65_HS1-834228961_62-HQ-83894_Section_6
Agency: FBI
Page 84
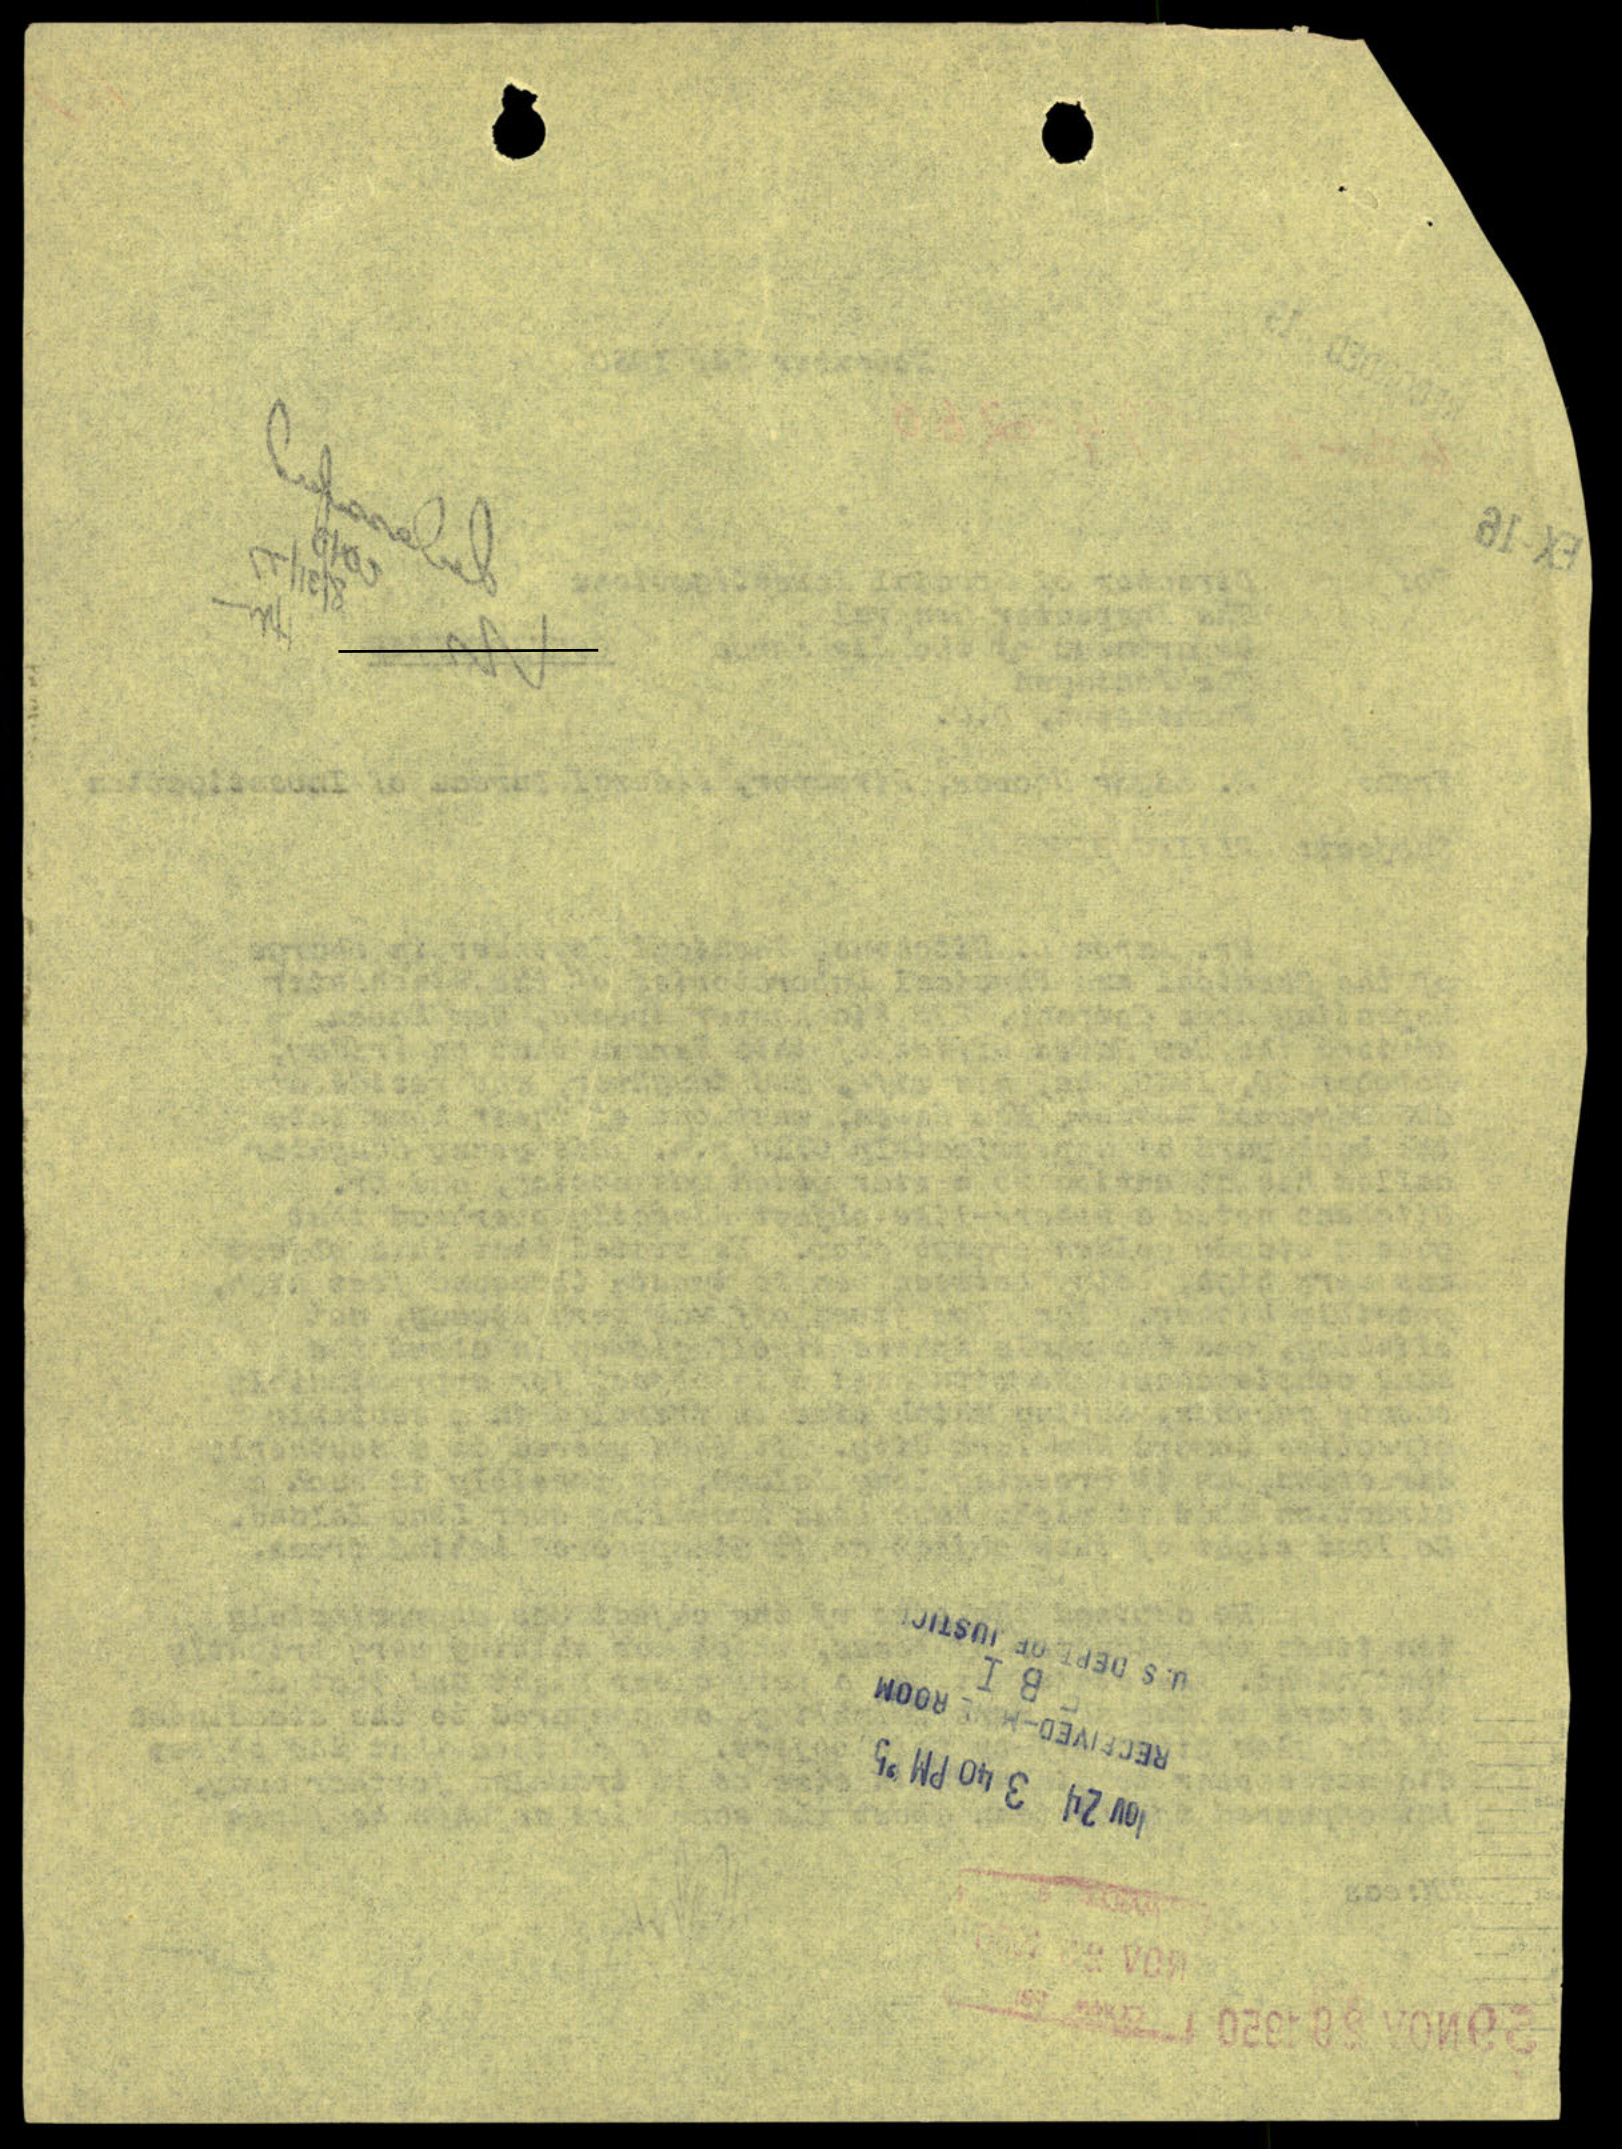